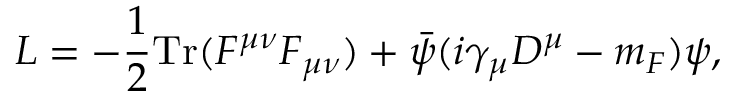
{ \cal L } = - \frac { 1 } { 2 } \mathrm { T r } ( F ^ { \mu \nu } F _ { \mu \nu } ) + \bar { \psi } ( i \gamma _ { \mu } D ^ { \mu } - m _ { F } ) \psi ,